Leaving Certificate Examination, 1912
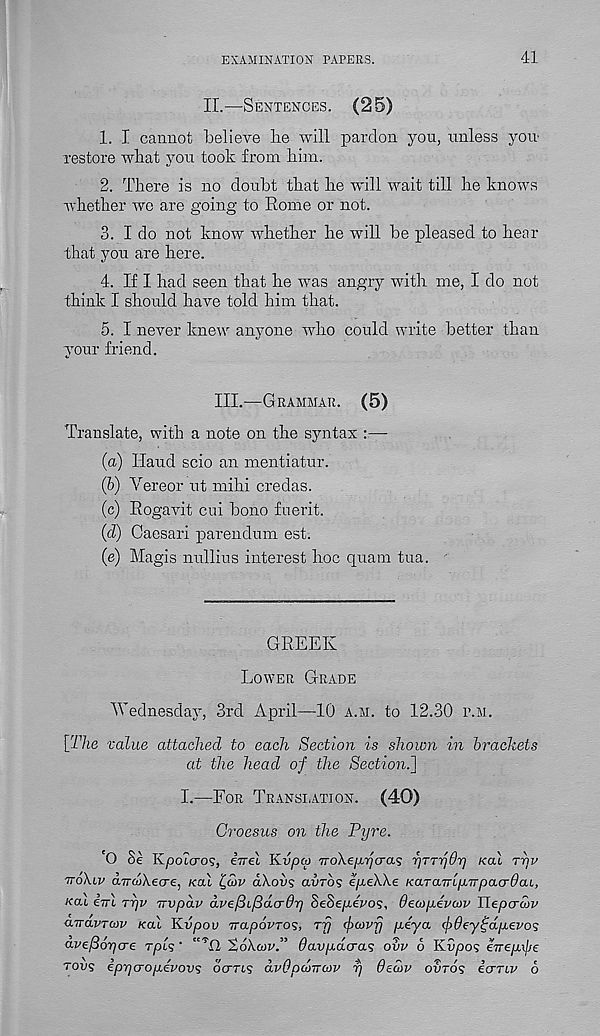
EXAMINATION PAPEES.
41
II.—Sentences. (25)
1. I cannot believe lie will pardon you, unless you
restore wbat you took from him.
2. There is no doubt that he will wait till he knows
whether we are going to Rome or not.
3. I do not know whether he will be pleased to hear
that you are here.
4. If I had seen that he was angry with me, I do not
think I should have told him that.
5. I never knew anyone who could write better than
your friend.
ITT.—Grammar. (5)
Translate, with a note on the syntax :—
(a) Hand scio an mentiatur.
(b) Yereor ut mihi credas.
(c) Rogavit cui bono fuerit.
(d) Caesari parendum est.
(e) Magis nullius interest hoc quant tua.
GREEK
Lower Grade
Wednesday, 3rd April—10 a.m. to 12.30 p.m.
[The value attached to each Section is shown in brackets
at the head of the Section.]
I.—For Translation. (40)
Croesus on the Pyre.
'O Se Kpoicro?, iuel Kvpco TroX.e/uTjcra'z fjTTrjOr) Kal rriv
Trokiv dirdXecre, /cat l]£)v dXoiig auros 1/reX.Xe /caraTri/iTrpacr^at,
Kal iul ryv Trvpdv dve/Bifidcrdr] SeSe/xebo?, decop-evcov Uepcrcov
airavTcov /cat K.vpov TrapovTOS, rrj fcovfj p.eya ^dey^dpLevos
a-vefiopcre rp'o; • "Rl ’toXuv.” 6avp.dcra<; ovv 6 KCpo? eiTep.y]je
tows ip~q<jop.ivov<; octtis dv6pd>Tra>v r/ dedv ovros iuTtv 6